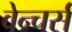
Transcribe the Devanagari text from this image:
वेन्चर्स